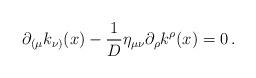
LaTeX: \begin{align*}\partial_{(\mu}k_{\nu)}(x) - \frac 1D \eta_{\mu\nu}\partial_\rho k^\rho (x)= 0\,. \end{align*}